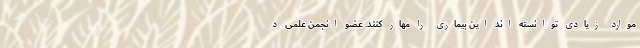
موارد زیادی توانسته اند این بیماری را مهار کنند. عضو انجمن علمی د